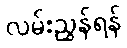
လမ်းညွှန်ရန်